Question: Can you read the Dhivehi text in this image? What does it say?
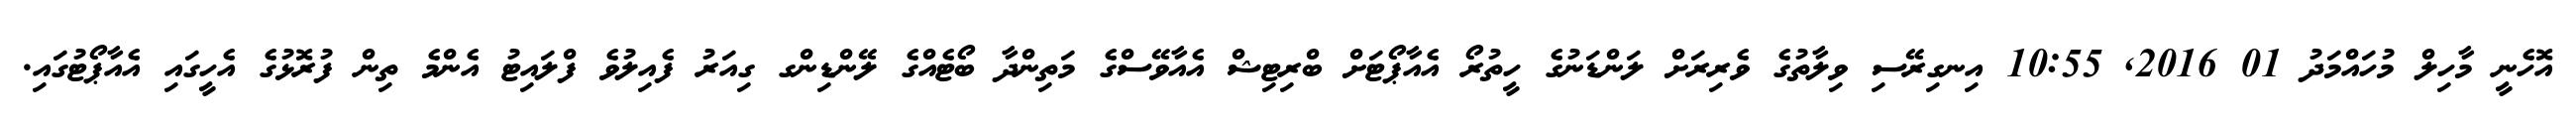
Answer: އޮހެނީ މާހިލް މުހައްމަދު 01 2016, 10:55 އިނގިރޭސި ވިލާތުގެ ވެރިރަށް ލަންޑަނުގެ ހީތުރޯ އެއާޕޯޓަށް ބްރިޓިޝް އެއާވޭސްގެ މަތިންދާ ބޯޓެއްގެ ލޭންޑިންގ ގިއަރު ފެއިލުވެ ފްލައިޓު އެންމެ ތިން ފުރޮޅުގެ އެހީގައި އެއާޕޯޓުގައި.